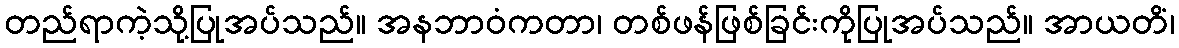
တည်ရာကဲ့သို့ပြုအပ်သည်။ အနဘာဝံကတာ၊ တစ်ဖန်ဖြစ်ခြင်းကိုပြုအပ်သည်။ အာယတိံ၊